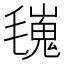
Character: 𣰏